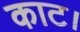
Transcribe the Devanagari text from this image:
काट।